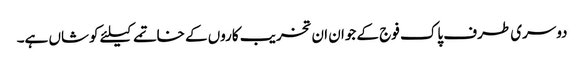
دوسری طرف پاک فوج کے جوان ان تخریب کاروں کے خاتمے کیلئے کوشاں ہے۔